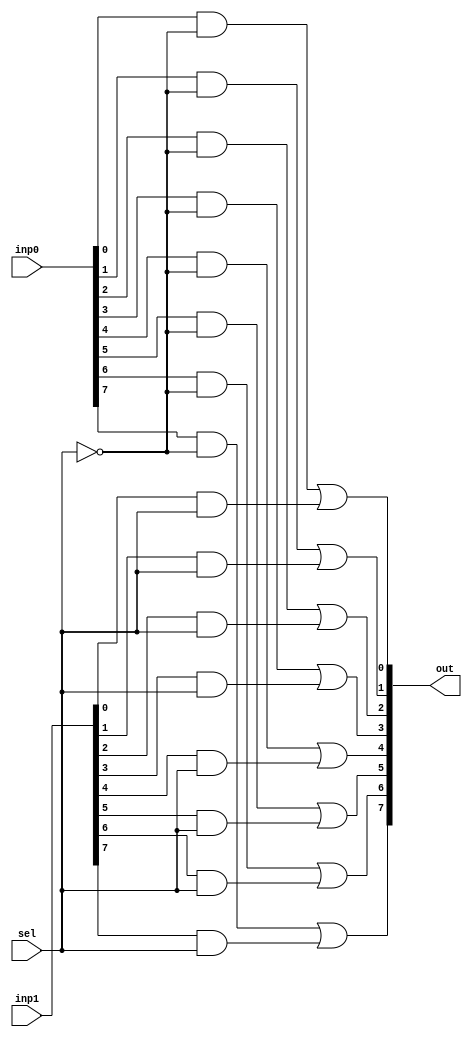
module Mux2x1_8bit (inp0, inp1, out, sel);
input [7:0] inp0;
input [7:0] inp1;
input sel;
output [7:0] out;

	wire selNot;
	not selNotGate (selNot, sel);

	wire [1:0] i;
	and andi0 (i[0], inp0[0], selNot);
	and andi1 (i[1], inp1[0], sel);
	or orOut0 (out[0], i[0], i[1]);

	wire [1:0] j;
	and andj0 (j[0], inp0[1], selNot);
	and andj1 (j[1], inp1[1], sel);
	or orOut1 (out[1], j[0], j[1]);

	wire [1:0] k;
	and andk0 (k[0], inp0[2], selNot);
	and andk1 (k[1], inp1[2], sel);
	or orOut2 (out[2], k[0], k[1]);

	wire [1:0] l;
	and andl0 (l[0], inp0[3], selNot);
	and andl1 (l[1], inp1[3], sel);
	or orOut3 (out[3], l[0], l[1]);

	wire [1:0] m;
	and andm0 (m[0], inp0[4], selNot);
	and andm1 (m[1], inp1[4], sel);
	or orOut4 (out[4], m[0], m[1]);

	wire [1:0] n;
	and andn0 (n[0], inp0[5], selNot);
	and andn1 (n[1], inp1[5], sel);
	or orOut5 (out[5], n[0], n[1]);

	wire [1:0] o;
	and ando0 (o[0], inp0[6], selNot);
	and ando1 (o[1], inp1[6], sel);
	or orOut6 (out[6], o[0], o[1]);

	wire [1:0] p;
	and andp0 (p[0], inp0[7], selNot);
	and andp1 (p[1], inp1[7], sel);
	or orOut7 (out[7], p[0], p[1]);

endmodule